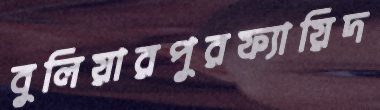
বুলিয়ারপুরফ্যায়িদ